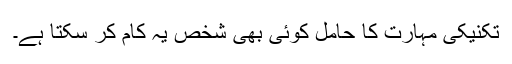
تکنیکی مہارت کا حامل کوئی بھی شخص یہ کام کر سکتا ہے۔